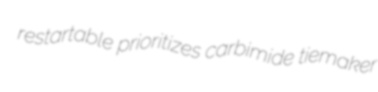
restartable prioritizes carbimide tiemaker